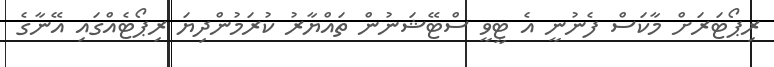
ރިޕޯޓަރަށް މާކަސް ފެނުނީ އެ ޓީވީ ސްޓޭޝަނުން ތައްޔާރު ކުރަމުންދިޔަ ރިޕޯޓެއްގައި އޭނާގެ